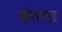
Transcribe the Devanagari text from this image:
मंगना